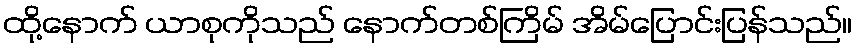
ထို့နောက် ယာစုကိုသည် နောက်တစ်ကြိမ် အိမ်ပြောင်းပြန်သည်။